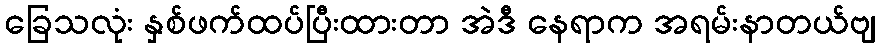
ခြေသလုံး နှစ်ဖက်ထပ်ပြီးထားတာ အဲဒီ နေရာက အရမ်းနာတယ်ဗျ